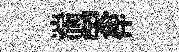
湍荣伴